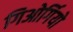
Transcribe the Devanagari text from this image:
गिओर्गियो